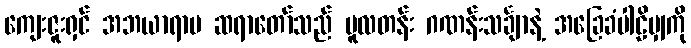
ကျေးဇူးရှင် အဘယာရာမ ဆရာတော်သည် မူလတန်း ဂဏန်းသင်္ချာနဲ့ အခြေခံပါဠိမျှကို